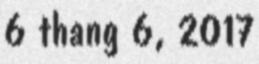
6 thang 6, 2017